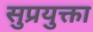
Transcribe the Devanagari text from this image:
सुप्रयुक्ता